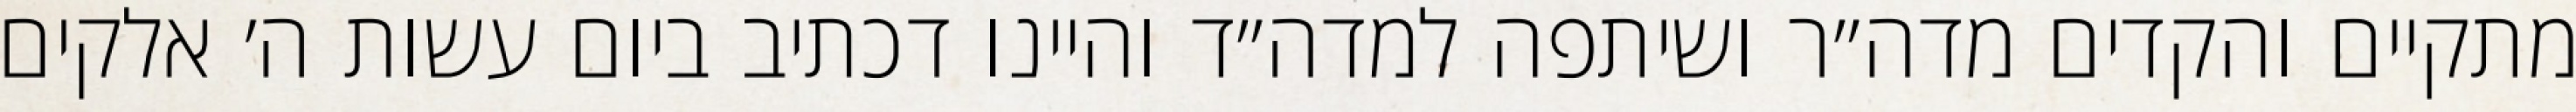
מתקיים והקדים מדה״ר ושיתפה למדה״ד והיינו דכתיב ביום עשות ה׳ אלקים